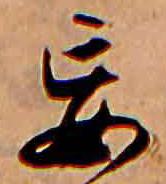
妄